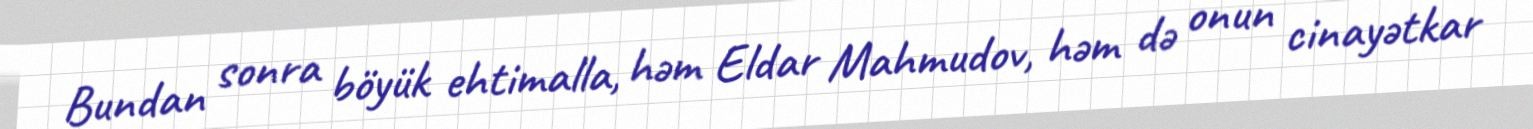
Bundan sonra böyük ehtimalla, həm Eldar Mahmudov, həm də onun cinayətkar